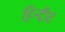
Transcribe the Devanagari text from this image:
हिन्दीेवं